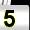
Digit: 5